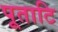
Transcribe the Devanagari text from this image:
पूताटि